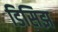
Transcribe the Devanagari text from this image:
डिसिझ